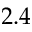
2 . 4